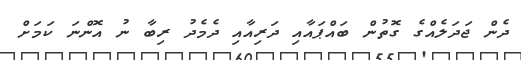
ދެން ޖަދަލެއްގެ ގޮތުން ބައްޕައާއި ދަރިއާއި ދެމެދު ރިބާ ނު އޮންނަ ކަމަށް